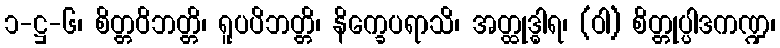
၁-ဋ္ဌ-၆၊ စိတ္တဝိဘတ္တိ၊ ရူပပိဘတ္တိ၊ နိက္ခေပရာသိ၊ အတ္ထုဒ္ဓါရ၊ (ဝါ) စိတ္တုပ္ပါဒကဏ္ဍ၊